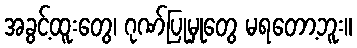
အခွင့်ထူးတွေ၊ ဂုဏ်ပြုမှုတွေ မရတော့ဘူး။